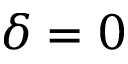
\delta = 0